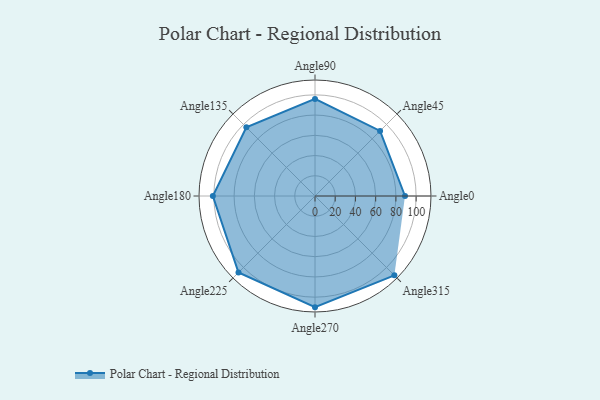
{"axis": {"x": "Angle", "y": "Radius"}, "legend": [""], "data": [{"x": "Angle0", "y": 89.0, "type": ""}, {"x": "Angle45", "y": 91.0, "type": ""}, {"x": "Angle90", "y": 96.0, "type": ""}, {"x": "Angle135", "y": 96.0, "type": ""}, {"x": "Angle180", "y": 101.0, "type": ""}, {"x": "Angle225", "y": 107.0, "type": ""}, {"x": "Angle270", "y": 110.0, "type": ""}, {"x": "Angle315", "y": 111.0, "type": ""}]}